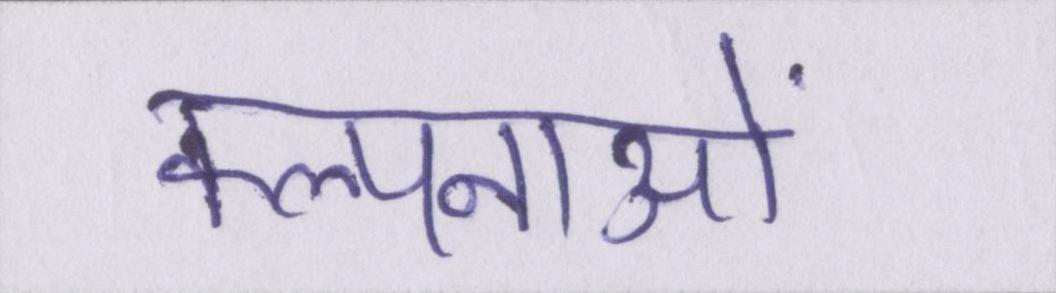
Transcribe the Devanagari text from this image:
कल्पनाओं